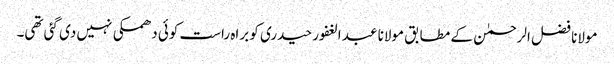
مولانا فضل الرحمٰن کے مطابق مولانا عبد الغفور حیدری کو براہ راست کوئی دھمکی نہیں دی گئی تھی۔